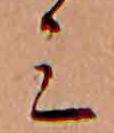
ミ